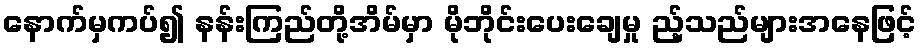
နောက်မှကပ်၍ နန်းကြည်တို့အိမ်မှာ မိုဘိုင်းပေးချေမှု ည့်သည်များအနေဖြင့်